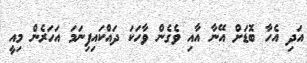
އަދި އެހާ ބޮޑަށް އޭނާ އާއި ވެގެން ވާހަކަ ދައްކައިފިނަމަ އަހަރެން މިއީ